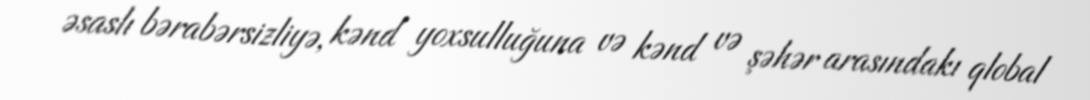
əsaslı bərabərsizliyə, kənd yoxsulluğuna və kənd və şəhər arasındakı qlobal